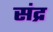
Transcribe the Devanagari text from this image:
संद्र